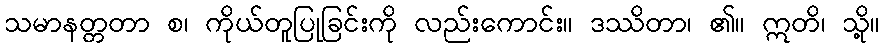
သမာနတ္တတာ စ၊ ကိုယ်တူပြုခြင်းကို လည်းကောင်း။ ဒဿိတာ၊ ၏။ ဣတိ၊ သို့။